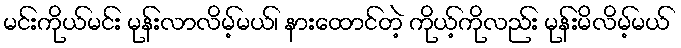
မင်းကိုယ်မင်း မုန်းလာလိမ့်မယ်၊ နားထောင်တဲ့ ကိုယ့်ကိုလည်း မုန်းမိလိမ့်မယ်